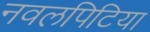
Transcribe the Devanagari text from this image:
नवलपिटिया